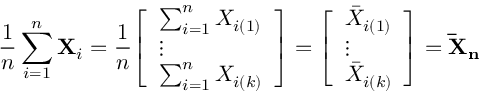
{ \frac { 1 } { n } } \sum _ { i = 1 } ^ { n } \mathbf { X } _ { i } = { \frac { 1 } { n } } { \left[ \begin{array} { l } { \sum _ { i = 1 } ^ { n } X _ { i ( 1 ) } } \\ { \vdots } \\ { \sum _ { i = 1 } ^ { n } X _ { i ( k ) } } \end{array} \right] } = { \left[ \begin{array} { l } { { \bar { X } } _ { i ( 1 ) } } \\ { \vdots } \\ { { \bar { X } } _ { i ( k ) } } \end{array} \right] } = \mathbf { { \bar { X } } _ { n } }